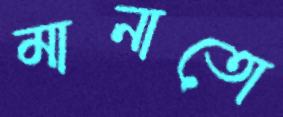
মানাতো